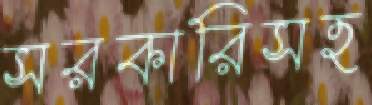
সরকারিসহ